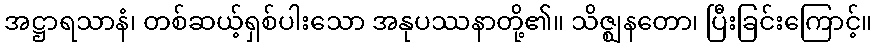
အဋ္ဌာရသာနံ၊ တစ်ဆယ့်ရှစ်ပါးသော အနုပဿနာတို့၏။ သိဇ္ဈနတော၊ ပြီးခြင်းကြောင့်။